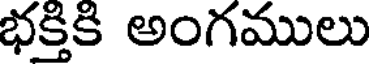
భక్తికి అంగములు